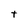
Character: t